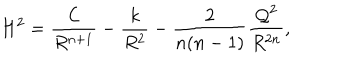
LaTeX: H ^ { 2 } = \frac { { \cal C } } { R ^ { n + 1 } } - \frac { k } { R ^ { 2 } } - \frac { 2 } { n ( n - 1 ) } \frac { { \cal Q } ^ { 2 } } { R ^ { 2 n } } ,